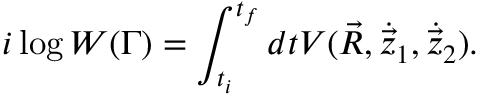
i \log W ( \Gamma ) = \int _ { t _ { i } } ^ { t _ { f } } d t V ( \vec { R } , { \dot { \vec { z } } } _ { 1 } , { \dot { \vec { z } } } _ { 2 } ) .